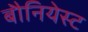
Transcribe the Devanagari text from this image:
बौनियेस्ट